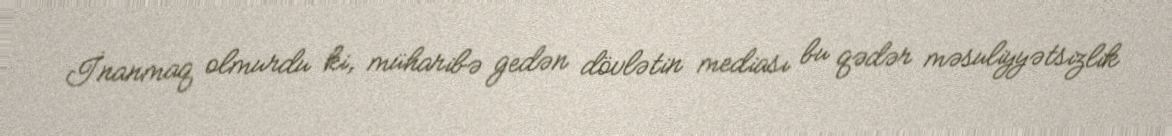
İnanmaq olmurdu ki, müharibə gedən dövlətin mediası bu qədər məsuliyyətsizlik